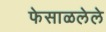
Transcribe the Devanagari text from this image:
फेसाळलेले